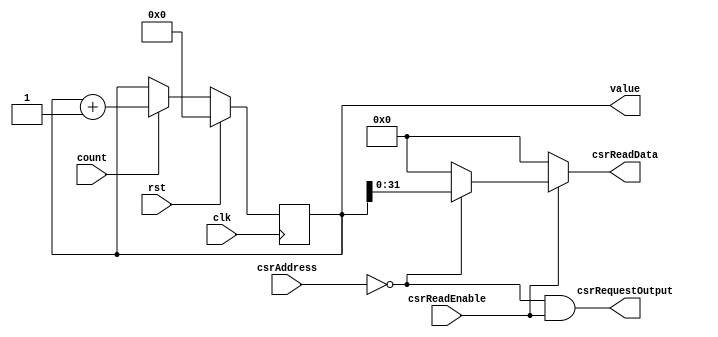
module CSR_TimerRegister #(
		parameter ADDRESS_LOWER = 12'h000,
		parameter ADDRESS_UPPER = 12'h000
	)(
		input wire clk,
		input wire rst,

		// CSR interface
		input wire csrReadEnable,
		input wire[11:0] csrAddress,
		output reg[31:0] csrReadData,
		output wire csrRequestOutput,

		// System interface
		input wire count,
		output wire[63:0] value
	);
	
	wire csrEnabledLower = csrAddress == ADDRESS_LOWER;
	wire csrEnabledUpper = csrAddress == ADDRESS_UPPER;

	reg[63:0] currentValue = 64'b0;

	always @(posedge clk) begin
		if (rst) begin
			currentValue <= 64'b0;
		end else begin
			if (count) currentValue <= currentValue + 1;
		end
	end

	always @(*) begin
		if (csrReadEnable) begin
			if (csrEnabledLower) csrReadData <= currentValue[31:0];
			else if (csrEnabledUpper) csrReadData <= currentValue[63:32];
			else csrReadData <= 32'b0;
		end else begin
			csrReadData <= 32'b0;
		end 
	end

	assign csrRequestOutput = (csrEnabledLower || csrEnabledUpper) && csrReadEnable;
	
	assign value = currentValue;
	
endmodule